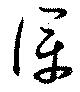
僕